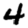
Digit: 4